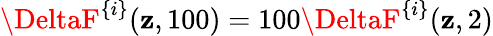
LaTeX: \DeltaF^{\{ i\} }(\mathbf{z},100)=100\DeltaF^{\{ i\} }(\mathbf{z},2)